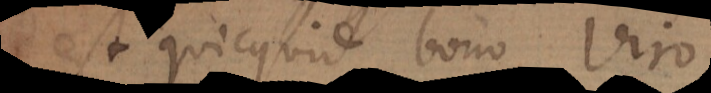
est quicquid bono viro